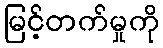
မြင့်တက်မှုကို